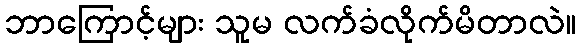
ဘာကြောင့်များ သူမ လက်ခံလိုက်မိတာလဲ။